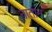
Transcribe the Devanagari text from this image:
नातान